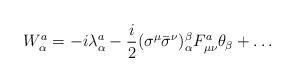
LaTeX: \begin{align*}W^{a}_{\alpha}=-i{\lambda}^{a}_{\alpha}-\frac{i}{2}({\sigma}^{\mu}{\bar{\sigma}}^{\nu})_{\alpha}^{\beta}F_{\mu\nu}^{a}{\theta}_{\beta}+\dots\end{align*}